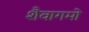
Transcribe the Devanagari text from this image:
शैवागमो